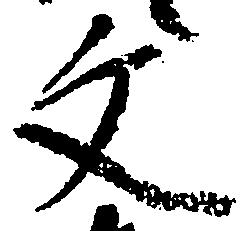
文